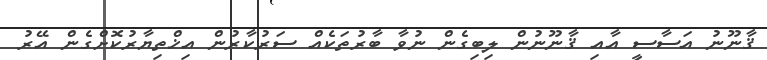
ޤާނޫނު އަސާސީ އާއި ޤާނޫނުން ލިބިގެން ނުވާ ބާރުތަކެއް ސަރުކާރުން އިޚްތިޔާރުކޮށްގެން އޭރު